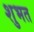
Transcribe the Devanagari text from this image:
शुभत